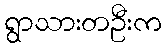
ရွာသားတဦးက